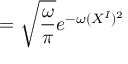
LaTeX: = \sqrt { \frac { \omega } { \pi } } e ^ { - \omega ( X ^ { I } ) ^ { 2 } }